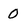
Character: 0